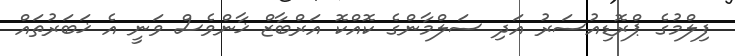
ފިލްމުގެ ޕްރޮޑިއުސަރު އަދި ސަލްމާންގެ ކޮއްކޮ އަރްބާޒް ޚާންވެސް ވަނީ އެ ޚަބަރުތައް